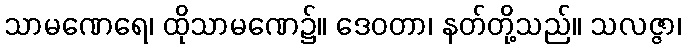
သာမဏေရေ၊ ထိုသာမဏေ၌။ ဒေဝတာ၊ နတ်တို့သည်။ သလဇ္ဇာ၊